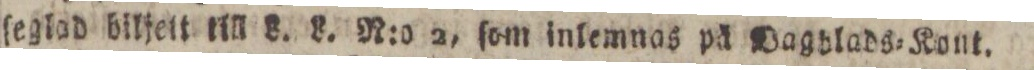
ſeglad biljett till L. L. N:o 2, ſom inlemnas på Dagblads=Kont.